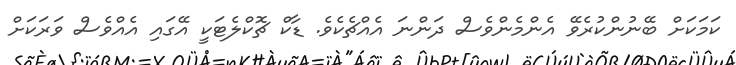
ކަމަކަށް ބޭނުންކުރެވޭ އެންމެންވެސް ދަންނަ އެއްޗެކެވެ. ޑާކް ޗޮކްލެޓަކީ އޭގައި އެއްވެސް ވަރަކަށް